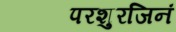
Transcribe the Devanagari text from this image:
परशुरजिनं